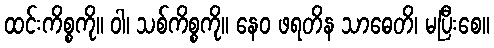
ထင်းကိစ္စကို။ ဝါ၊ သစ်ကိစ္စကို။ နေဝ ဖရတိန သာဓေတိ၊ မပြီးစေ။